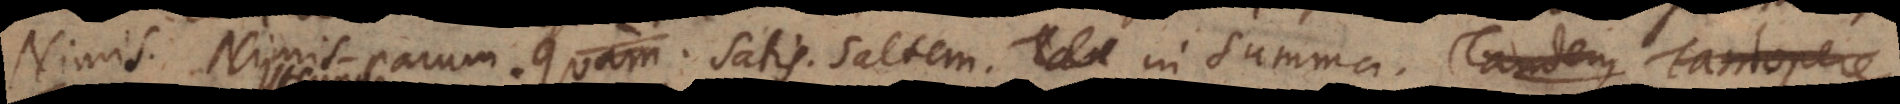
Nimis. Nimis-parum. Quam.. Satis. Saltem. Tan In Summa. Tandem Tantopere